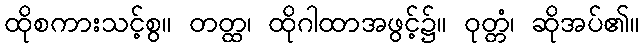
ထိုစကားသင့်စွ။ တတ္ထ၊ ထိုဂါထာအဖွင့်၌။ ဝုတ္တံ၊ ဆိုအပ်၏။